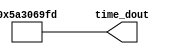
 module time_stamp
 (
 output wire [31:0]  time_dout
);
 assign time_dout  = 32'd1513122301;
 endmodule